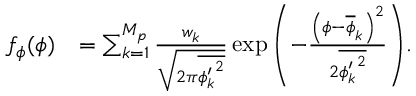
\begin{array} { r l } { f _ { \phi } ( \phi ) } & { = \sum _ { k = 1 } ^ { M _ { p } } \frac { w _ { k } } { \sqrt { 2 \pi \overline { { { \phi _ { k } ^ { \prime } } ^ { 2 } } } } } \exp { \left( - \frac { \left( \phi - \overline { { \phi } } _ { k } \right) ^ { 2 } } { 2 \overline { { { \phi _ { k } ^ { \prime } } ^ { 2 } } } } \right) } . } \end{array}